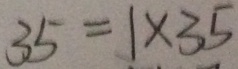
3 5 = 1 \times 3 5